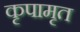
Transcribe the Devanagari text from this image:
कृपामृत